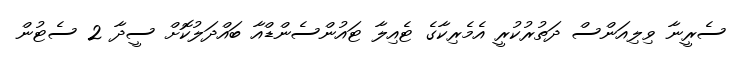
ސެރީނާ ވިލިއަންސް ދަތުރުކުރީ އެމެރިކާގެ ޓެއިލާ ޓައުންސެންޑްއާ ބައްދަލުކޮށް ސީދާ 2 ސެޓުން